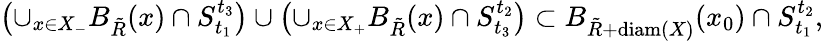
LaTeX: \begin{array}{r}{\left(\cup_{x\in X_{-}}B_{\tilde{R}}(x)\cap S_{t_{1}}^{t_{3}}\right)\cup\left(\cup_{x\in X_{+}}B_{\tilde{R}}(x)\cap S_{t_{3}}^{t_{2}}\right)\subset B_{\tilde{R}+\mathrm{diam}(X)}(x_{0})\cap S_{t_{1}}^{t_{2}},}\end{array}